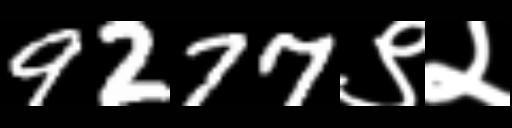
Text: 9277९२